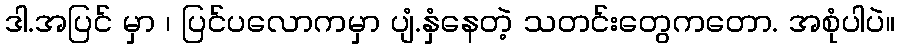
ဒါ.အပြင် မှာ ၊ ပြင်ပလောကမှာ ပျံ.နှံနေတဲ့ သတင်းတွေကတော. အစုံပါပဲ။